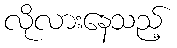
လိုလားနေသည့်